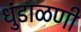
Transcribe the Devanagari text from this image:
धुंडाळणी